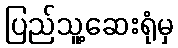
ပြည်သူ့ဆေးရုံမှ